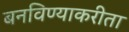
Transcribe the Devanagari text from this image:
बनविण्याकरीता